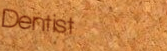
Dentist